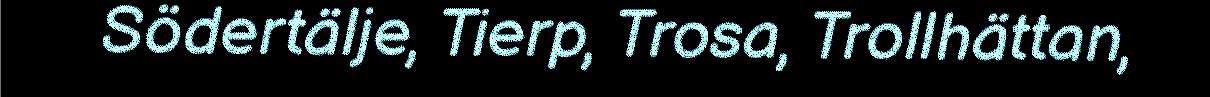
Södertälje, Tierp, Trosa, Trollhättan,